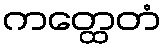
ကတ္ထေတံ